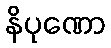
နိပုဏော